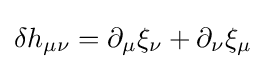
\delta h_{\mu \nu }=\partial _{\mu }\xi _{\nu }+\partial _{\nu }\xi _{\mu }